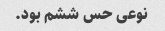
نوعی حس ششم بود.